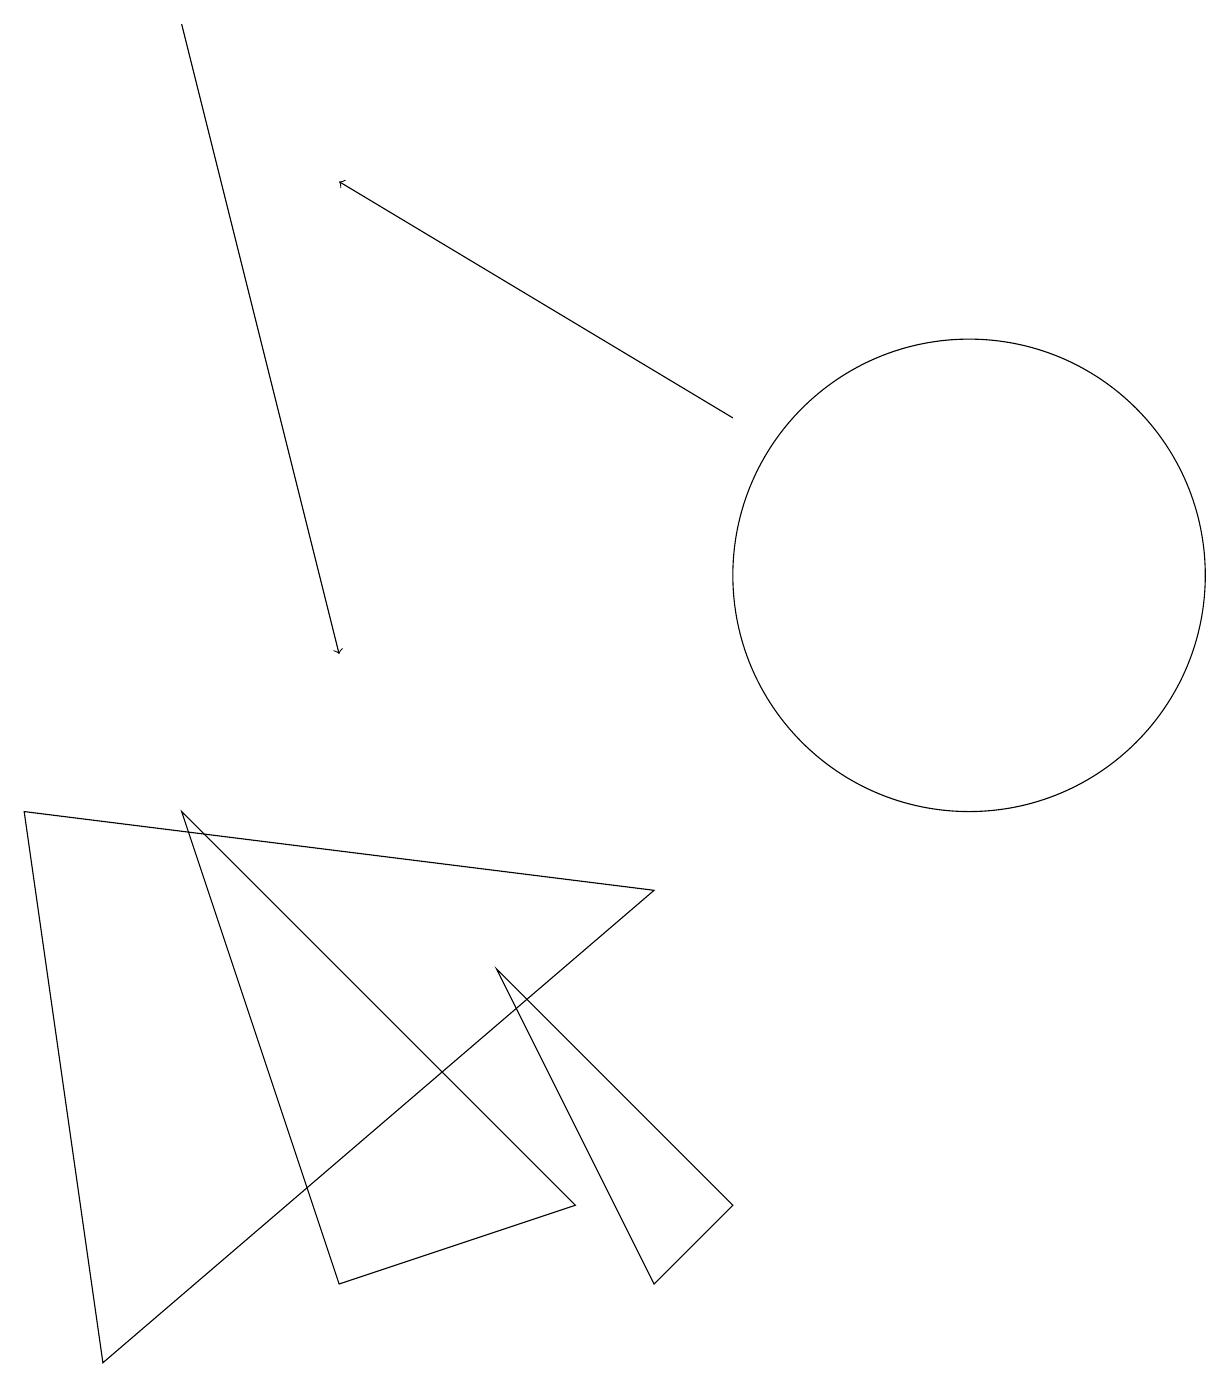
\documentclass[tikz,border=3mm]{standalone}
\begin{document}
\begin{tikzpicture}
\draw[->] (9,13) -- (4,16);
\draw[->] (2,18) -- (4,10);
\draw (8,2) -- (9,3) -- (6,6) -- cycle;
\draw (0,8) -- (1,1) -- (8,7) -- cycle;
\draw (4,14) rectangle (4,14);
\draw (12,11) circle (3);
\draw (7,3) -- (2,8) -- (4,2) -- cycle;
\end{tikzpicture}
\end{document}